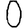
Digit: 0